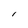
Character: I